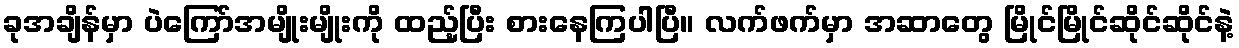
ခုအချိန်မှာ ပဲကြော်အမျိုးမျိုးကို ထည့်ပြီး စားနေကြပါပြီ။ လက်ဖက်မှာ အဆာတွေ မြိုင်မြိုင်ဆိုင်ဆိုင်နဲ့